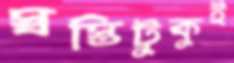
স্বস্তিটুকুই